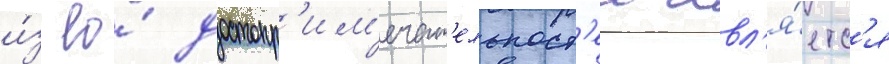
и́з ео́ достопр'им'ечат'ельност'еи явл'я́етс'я